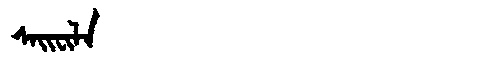
Manchu: ᠰᠠᡳᠸᡳᠯᠠ
Romanization: SAIFILA